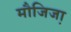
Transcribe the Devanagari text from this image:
मौजिजा़